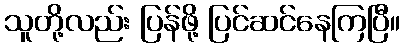
သူတို့လည်း ပြန်ဖို့ ပြင်ဆင်နေကြပြီ။